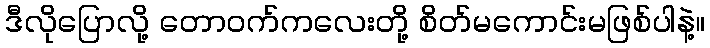
ဒီလိုပြောလို့ တောဝက်ကလေးတို့ စိတ်မကောင်းမဖြစ်ပါနဲ့။